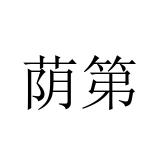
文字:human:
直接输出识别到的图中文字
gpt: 荫第